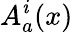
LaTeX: A_{a}^{\mathit{i}}(x)